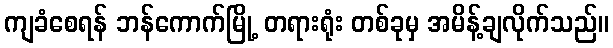
ကျခံစေရန် ဘန်ကောက်မြို့ တရားရုံး တစ်ခုမှ အမိန့်ချလိုက်သည်။